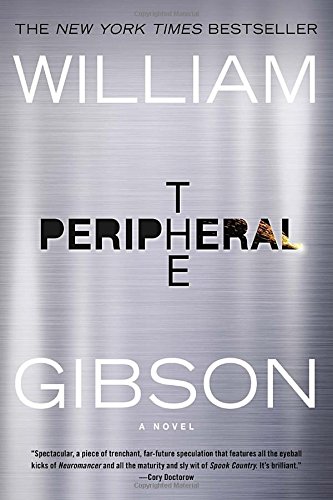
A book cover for The Peripheral; William Gibson; Mystery, Thriller & Suspense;